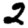
Digit: 2